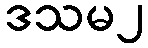
ဒသမ၂